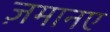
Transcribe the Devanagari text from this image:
ज़मानए